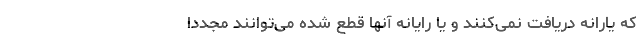
که یارانه دریافت نمی‌کنند و یا رایانه آنها قطع شده می‌توانند مجددا